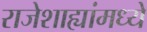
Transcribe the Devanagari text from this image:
राजेशाह्यांमध्ये